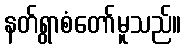
နတ်ရွာစံတော်မူသည်။